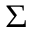
\Sigma